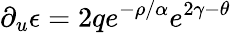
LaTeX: \partial_{u}\epsilon=2qe^{-\rho/\alpha}e^{2\gamma-\theta}